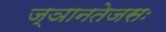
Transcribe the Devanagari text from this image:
ज्ञानतेजसः